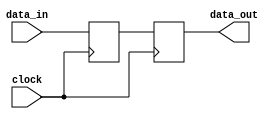
`timescale 1ns / 1ps
//////////////////////////////////////////////////////////////////////////////////
// Company: 
// Engineer: 
// 
// Design Name: 
// Module Name:    DataReg16b 
// Project Name: 
// Target Devices: 
// Tool versions: 
// Description: 
//
// Dependencies: 
//
// Revision: 
// Revision 0.01 - File Created
// Additional Comments: 
//
//////////////////////////////////////////////////////////////////////////////////
module DataReg16b(
    input [15:0] data_in,
	 input clock,
    output reg [15:0] data_out
    );
	 reg [15:0] temp;
	 
	 initial temp = 0;
always @ (posedge clock)
begin
	data_out = temp;
	#1 temp = data_in;
end

endmodule